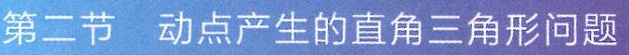
第二节  动点产生的直角三角形问题